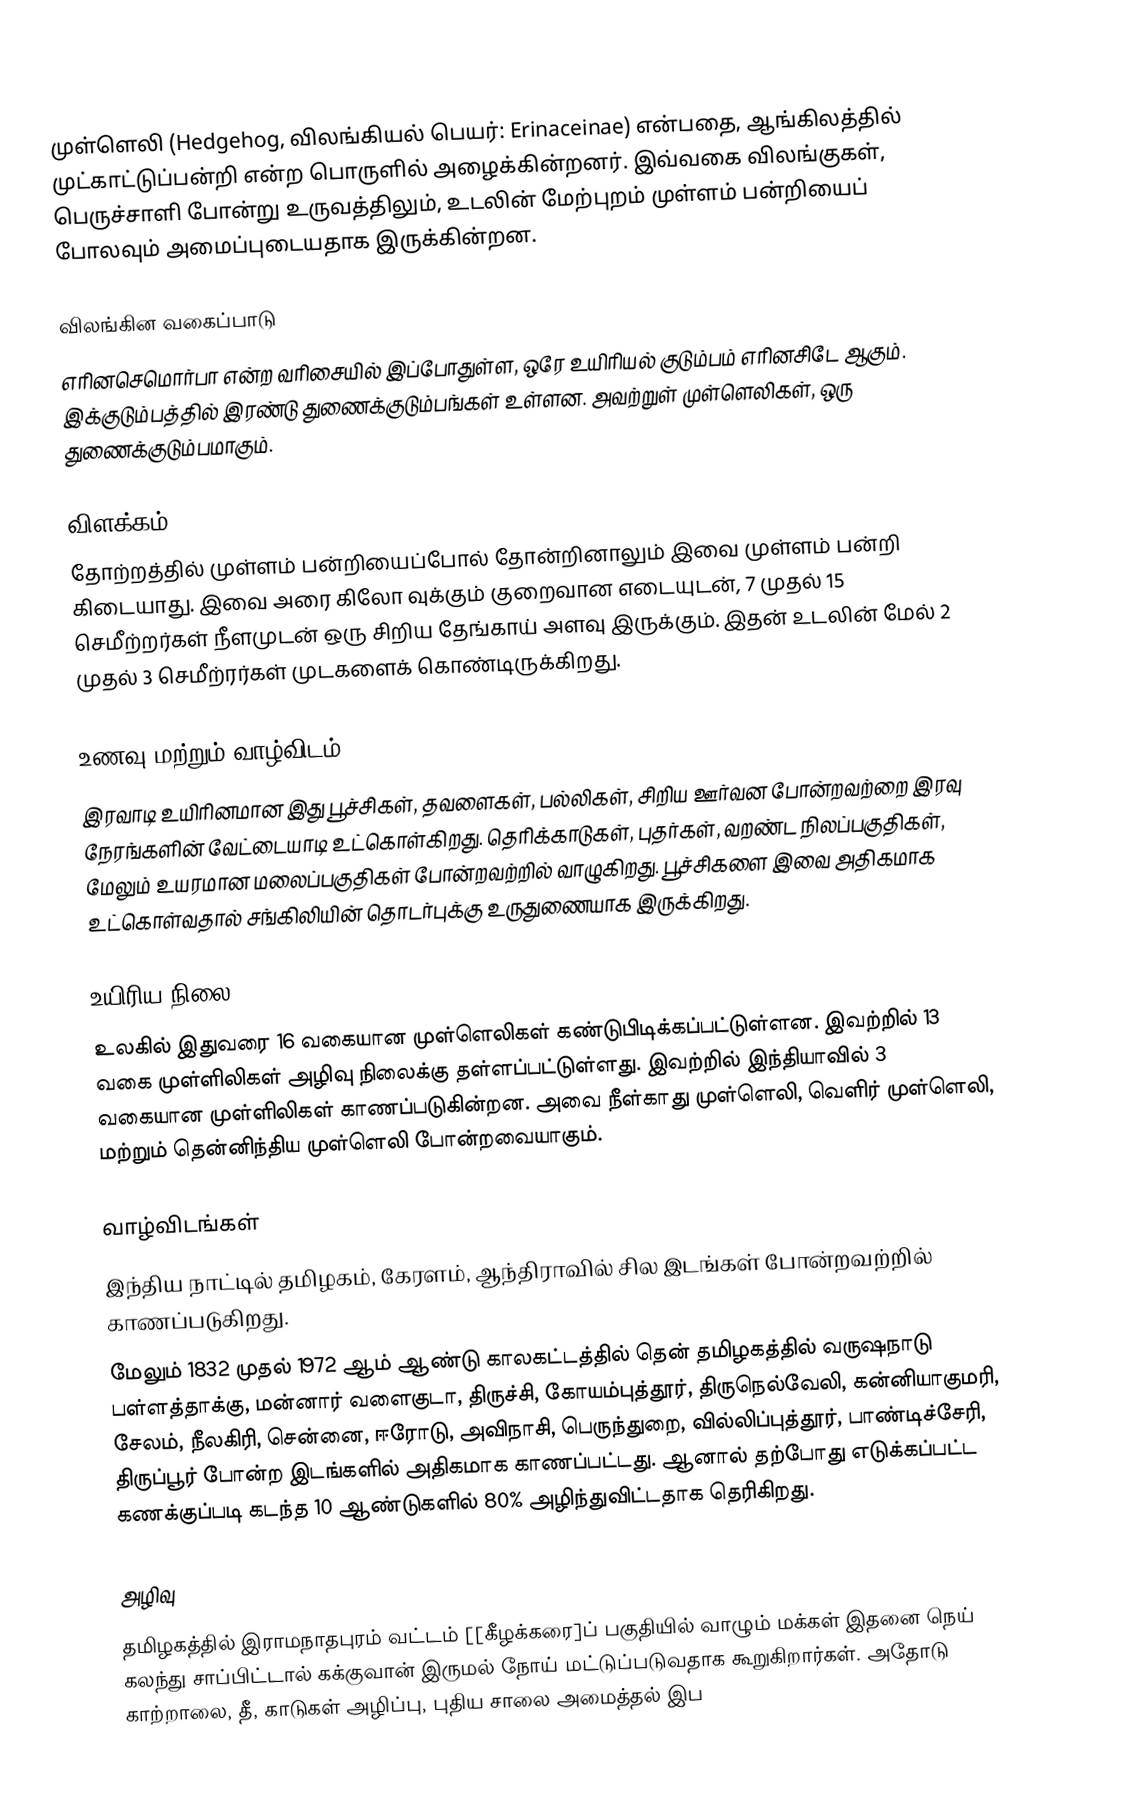
முள்ளெலி (Hedgehog, விலங்கியல் பெயர்: Erinaceinae) என்பதை, ஆங்கிலத்தில் முட்காட்டுப்பன்றி என்ற பொருளில் அழைக்கின்றனர். இவ்வகை விலங்குகள், பெருச்சாளி போன்று உருவத்திலும், உடலின் மேற்புறம் முள்ளம் பன்றியைப் போலவும் அமைப்புடையதாக இருக்கின்றன.

விலங்கின வகைப்பாடு
எரினசெமொர்பா என்ற வரிசையில் இப்போதுள்ள, ஒரே உயிரியல் குடும்பம் எரினசிடே ஆகும். இக்குடும்பத்தில் இரண்டு  துணைக்குடும்பங்கள் உள்ளன. அவற்றுள் முள்ளெலிகள், ஒரு துணைக்குடும்பமாகும்.

விளக்கம்
தோற்றத்தில் முள்ளம் பன்றியைப்போல் தோன்றினாலும் இவை முள்ளம் பன்றி கிடையாது.  இவை அரை கிலோ வுக்கும் குறைவான எடையுடன், 7 முதல் 15 செமீற்றர்கள் நீளமுடன் ஒரு சிறிய தேங்காய் அளவு இருக்கும். இதன் உடலின் மேல் 2 முதல் 3 செமீற்ரர்கள் முடகளைக் கொண்டிருக்கிறது.

உணவு மற்றும் வாழ்விடம்
இரவாடி உயிரினமான இது பூச்சிகள், தவளைகள், பல்லிகள், சிறிய ஊர்வன போன்றவற்றை இரவு நேரங்களின் வேட்டையாடி உட்கொள்கிறது. தெரிக்காடுகள், புதர்கள், வறண்ட நிலப்பகுதிகள், மேலும் உயரமான மலைப்பகுதிகள் போன்றவற்றில் வாழுகிறது. பூச்சிகளை இவை அதிகமாக உட்கொள்வதால்  சங்கிலியின் தொடர்புக்கு உருதுணையாக இருக்கிறது.

உயிரிய நிலை
உலகில் இதுவரை 16 வகையான முள்ளெலிகள் கண்டுபிடிக்கப்பட்டுள்ளன. இவற்றில் 13 வகை முள்ளிலிகள் அழிவு நிலைக்கு தள்ளப்பட்டுள்ளது. இவற்றில் இந்தியாவில் 3 வகையான முள்ளிலிகள் காணப்படுகின்றன. அவை நீள்காது முள்ளெலி, வெளிர் முள்ளெலி, மற்றும் தென்னிந்திய முள்ளெலி போன்றவையாகும்.

வாழ்விடங்கள்
இந்திய நாட்டில் தமிழகம், கேரளம், ஆந்திராவில் சில இடங்கள் போன்றவற்றில் காணப்படுகிறது.
மேலும் 1832 முதல் 1972 ஆம் ஆண்டு காலகட்டத்தில் தென் தமிழகத்தில் வருஷநாடு பள்ளத்தாக்கு, மன்னார் வளைகுடா, திருச்சி, கோயம்புத்தூர், திருநெல்வேலி, கன்னியாகுமரி, சேலம், நீலகிரி, சென்னை,  ஈரோடு, அவிநாசி, பெருந்துறை, வில்லிப்புத்தூர்,  பாண்டிச்சேரி, திருப்பூர் போன்ற இடங்களில் அதிகமாக காணப்பட்டது. ஆனால் தற்போது எடுக்கப்பட்ட கணக்குப்படி கடந்த 10 ஆண்டுகளில் 80% அழிந்துவிட்டதாக தெரிகிறது. 

அழிவு
தமிழகத்தில் இராமநாதபுரம் வட்டம் [[கீழக்கரை]ப் பகுதியில் வாழும் மக்கள் இதனை நெய் கலந்து சாப்பிட்டால் கக்குவான் இருமல் நோய் மட்டுப்படுவதாக கூறுகிறார்கள். அதோடு காற்றாலை, தீ, காடுகள் அழிப்பு, புதிய சாலை அமைத்தல் இப